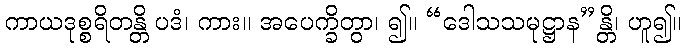
ကာယဒုစ္စရိတန္တိ ပဒံ၊ ကား။ အပေက္ခိတွာ၊ ၍။ “ဒေါသသမုဋ္ဌာန”န္တိ၊ ဟူ၍။